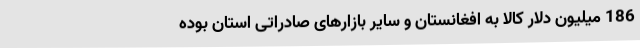
186 میلیون دلار کالا به افغانستان و سایر بازارهای صادراتی استان بوده